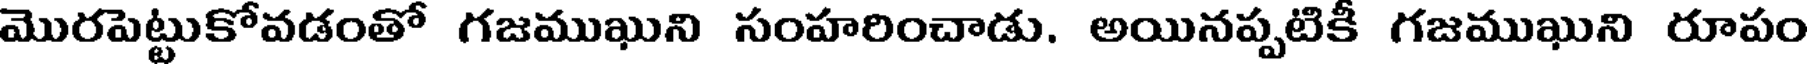
మొరపెట్టుకోవడంతో గజముఖుని సంహరించాడు. అయినప్పటికీ గజముఖుని రూపం